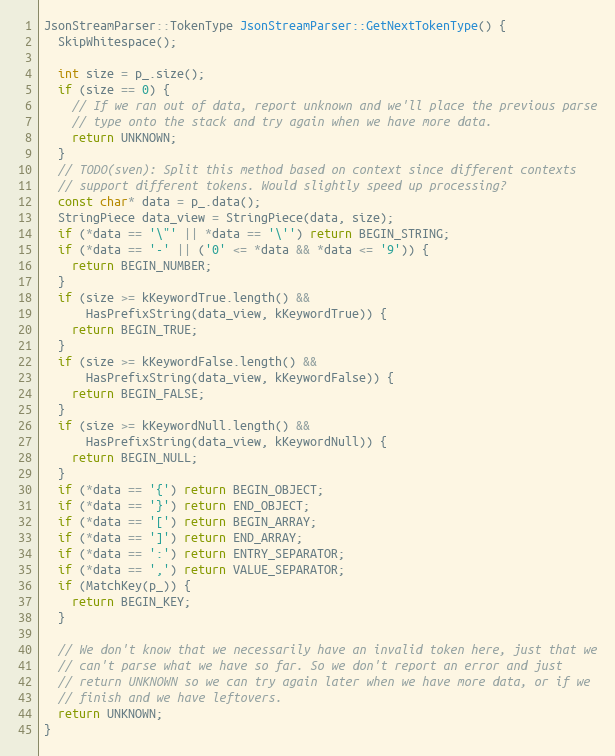
Language: C++
JsonStreamParser::TokenType JsonStreamParser::GetNextTokenType() {
  SkipWhitespace();

  int size = p_.size();
  if (size == 0) {
    // If we ran out of data, report unknown and we'll place the previous parse
    // type onto the stack and try again when we have more data.
    return UNKNOWN;
  }
  // TODO(sven): Split this method based on context since different contexts
  // support different tokens. Would slightly speed up processing?
  const char* data = p_.data();
  StringPiece data_view = StringPiece(data, size);
  if (*data == '\"' || *data == '\'') return BEGIN_STRING;
  if (*data == '-' || ('0' <= *data && *data <= '9')) {
    return BEGIN_NUMBER;
  }
  if (size >= kKeywordTrue.length() &&
      HasPrefixString(data_view, kKeywordTrue)) {
    return BEGIN_TRUE;
  }
  if (size >= kKeywordFalse.length() &&
      HasPrefixString(data_view, kKeywordFalse)) {
    return BEGIN_FALSE;
  }
  if (size >= kKeywordNull.length() &&
      HasPrefixString(data_view, kKeywordNull)) {
    return BEGIN_NULL;
  }
  if (*data == '{') return BEGIN_OBJECT;
  if (*data == '}') return END_OBJECT;
  if (*data == '[') return BEGIN_ARRAY;
  if (*data == ']') return END_ARRAY;
  if (*data == ':') return ENTRY_SEPARATOR;
  if (*data == ',') return VALUE_SEPARATOR;
  if (MatchKey(p_)) {
    return BEGIN_KEY;
  }

  // We don't know that we necessarily have an invalid token here, just that we
  // can't parse what we have so far. So we don't report an error and just
  // return UNKNOWN so we can try again later when we have more data, or if we
  // finish and we have leftovers.
  return UNKNOWN;
}